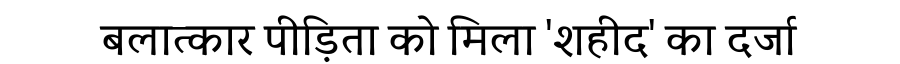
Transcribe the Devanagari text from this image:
बलात्कार पीड़िता को मिला 'शहीद' का दर्जा